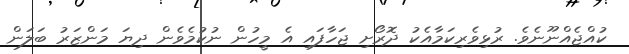
ކުއްޖެއްނޫނެވެ. ރުޅިވެރިކަމާއެކު ދޮރޯށި ޖަހާފައި އެ މީހުން ނުކުމެވެން ދިޔަ މަންޒަރު ބަލަން